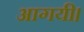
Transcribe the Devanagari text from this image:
आगयी।